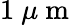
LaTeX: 1\mathrm{~}\mu\mathrm{~m~}